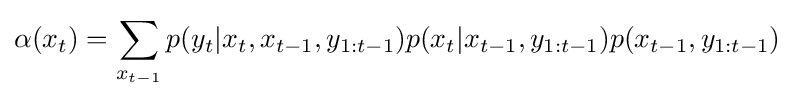
\alpha (x_{t})=\sum _{x_{t-1}}p(y_{t}|x_{t},x_{t-1},y_{1:t-1})p(x_{t}|x_{t-1},y_{1:t-1})p(x_{t-1},y_{1:t-1})